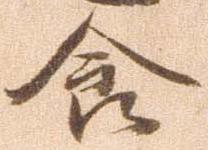
食